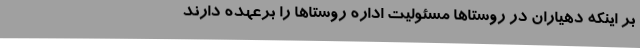
بر اینکه دهیاران در روستاها مسئولیت اداره روستاها را برعهده دارند